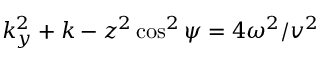
k _ { y } ^ { 2 } + k - z ^ { 2 } \cos ^ { 2 } \psi = 4 \omega ^ { 2 } / v ^ { 2 }